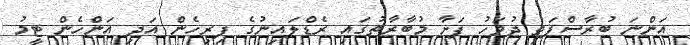
އަންނަ ބުރާސްފަތި ދުވަހު ފަށާ މުބާރާތުގައި ރެޑްލައިނުގެ ފިރިހެން އަދި އަންހެން ޓީމު